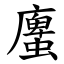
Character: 螷